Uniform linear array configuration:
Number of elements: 4
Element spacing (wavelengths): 1
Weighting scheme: hann
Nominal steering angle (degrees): -60
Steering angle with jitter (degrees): -58.02
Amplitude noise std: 0.05
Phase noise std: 0.05

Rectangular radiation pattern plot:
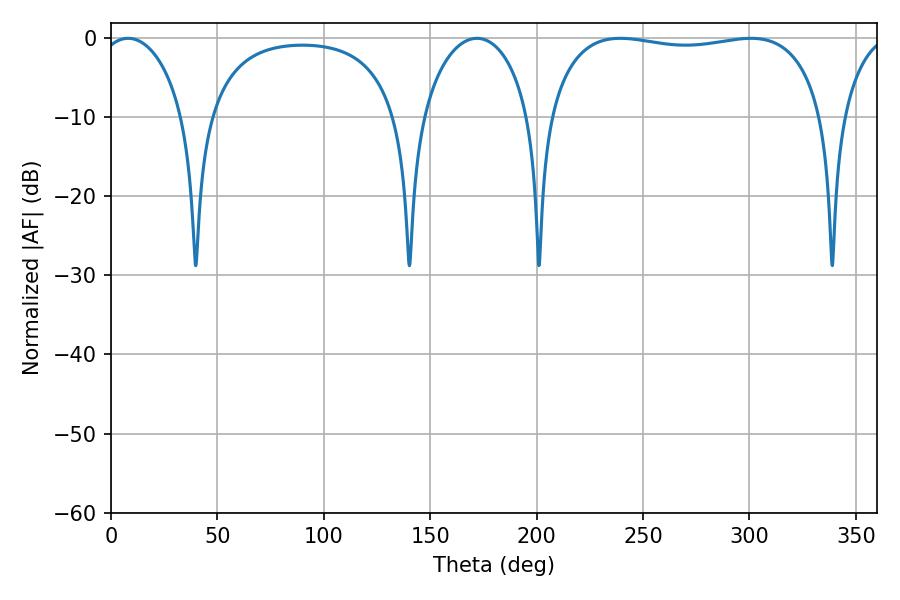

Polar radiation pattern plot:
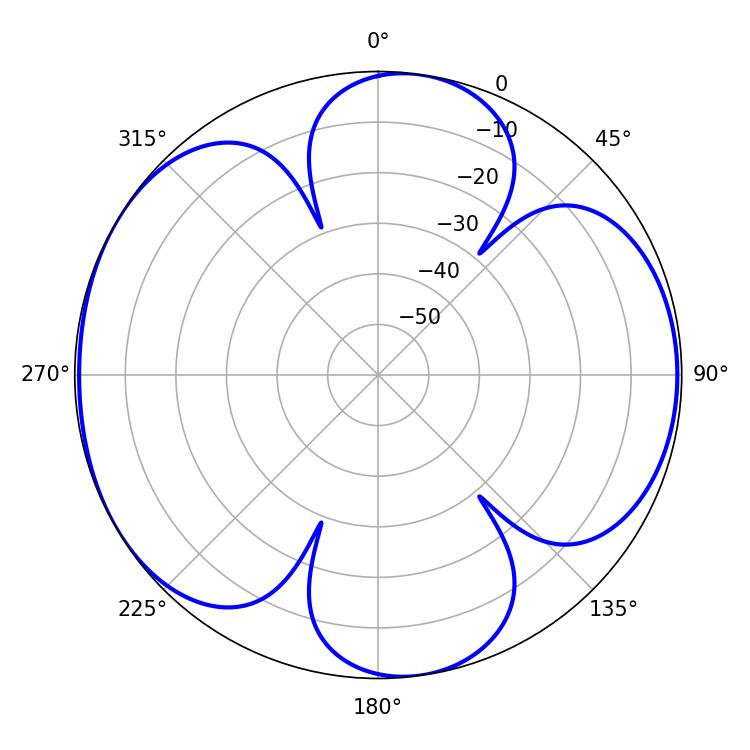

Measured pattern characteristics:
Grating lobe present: TRUE
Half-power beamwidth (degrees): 104.76
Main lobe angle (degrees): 239.4